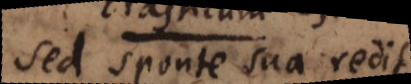
sed sponte sua redit.